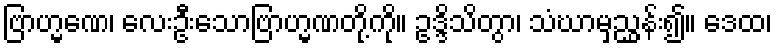
ဗြာဟ္မဏေ၊ လေးဦးသောဗြာဟ္မဏတို့ကို။ ဥဒ္ဒိသိတွာ၊ သံဃာမှညွှန်း၍။ ဒေထ၊